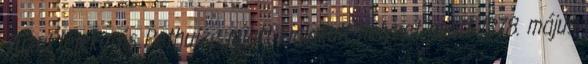
Tuzukteleke és Pethuize miatt kialakult helyzet miatt 1378. május